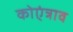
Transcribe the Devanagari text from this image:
कोएंत्राव